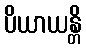
ပိယာယန္တိ